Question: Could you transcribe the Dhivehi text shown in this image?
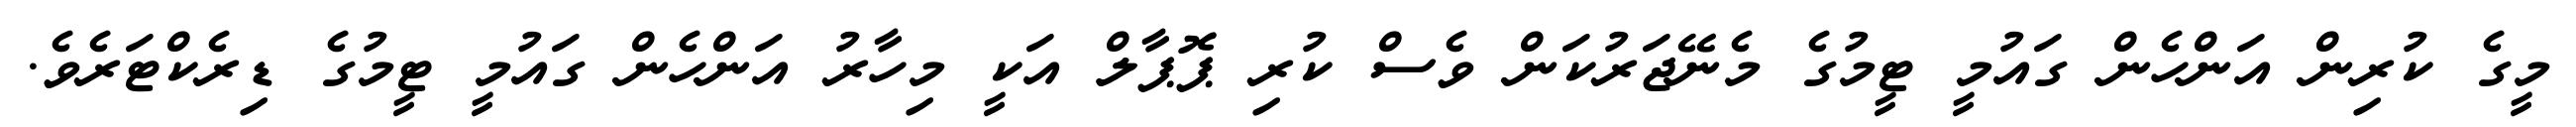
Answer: މީގެ ކުރިން އަންހެން ގައުމީ ޓީމުގެ މެނޭޖަރުކަން ވެސް ކުރި ޕޮޕާލް އަކީ މިހާރު އަންހެން ގައުމީ ޓީމުގެ ޑިރެކްޓަރެވެ.